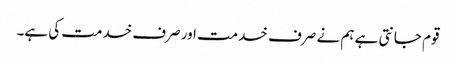
قوم جانتی ہے ہم نے صرف خدمت اور صرف خدمت کی ہے۔